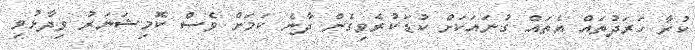
ކުރާ ހަރަދުތައް އެތައް ގުނައަކަށް ކުޑަކުރެވިގެން ދާނެ ކަމަށް ވެސް ކޮމިޝަނަރު ވިދާޅުވި